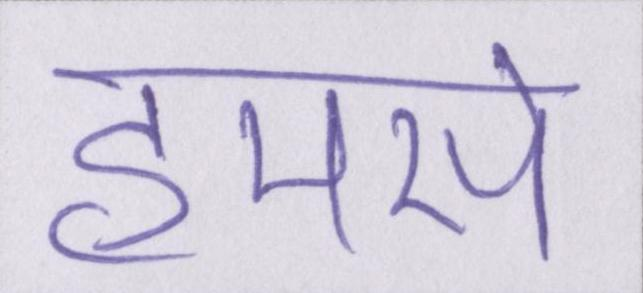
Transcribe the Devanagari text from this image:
हमसे